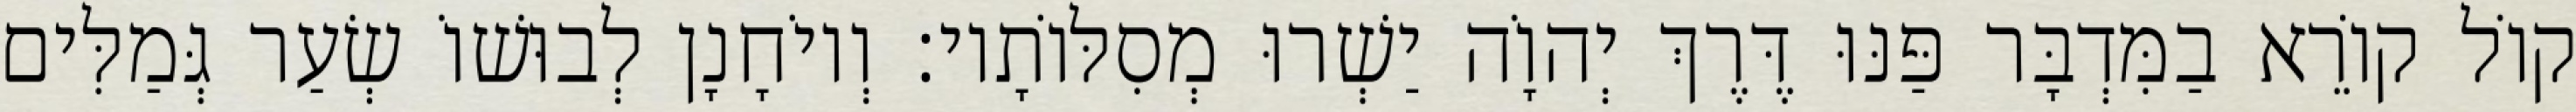
קוֹל קוֹרֵא בַמִּדְבָּר פַּנּוּ דֶּרֶךְ יְהוָֹה יַשְׁרוּ מְסִלּוֹתָיו׃ וְיוֹחָנָן לְבוּשׁוֹ שְׂעַר גְּמַלִּים